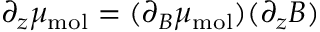
\partial _ { z } \mu _ { \mathrm { m o l } } = ( \partial _ { B } \mu _ { \mathrm { m o l } } ) ( \partial _ { z } B )